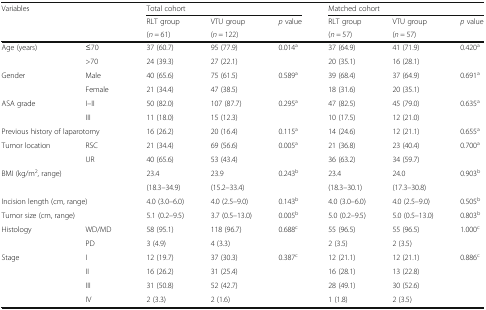
<table><thead><tr><td rowspan="3" colspan="2"><b>Variables</b></td><td colspan="3"><b>Total cohort</b></td><td colspan="3"><b>Matched cohort</b></td></tr><tr><td><b>RLT group</b></td><td><b>VTU group</b></td><td rowspan="2"><b><i>p</i> value</b></td><td><b>RLT group</b></td><td><b>VTU group</b></td><td rowspan="2"><b><i>p</i> value</b></td></tr><tr><td><b>(<i>n =</i> 61)</b></td><td><b>(<i>n =</i> 122)</b></td><td><b>(<i>n =</i> 57)</b></td><td><b>(<i>n =</i> 57)</b></td></tr></thead><tbody><tr><td rowspan="2">Age (years)</td><td>≤70</td><td>37 (60.7)</td><td>95 (77.9)</td><td>0.014<sup>a</sup></td><td>37 (64.9)</td><td>41 (71.9)</td><td>0.420<sup>a</sup></td></tr><tr><td>&gt;70</td><td>24 (39.3)</td><td>27 (22.1)</td><td></td><td>20 (35.1)</td><td>16 (28.1)</td><td></td></tr><tr><td rowspan="2">Gender</td><td>Male</td><td>40 (65.6)</td><td>75 (61.5)</td><td>0.589<sup>a</sup></td><td>39 (68.4)</td><td>37 (64.9)</td><td>0.691<sup>a</sup></td></tr><tr><td>Female</td><td>21 (34.4)</td><td>47 (38.5)</td><td></td><td>18 (31.6)</td><td>20 (35.1)</td><td></td></tr><tr><td rowspan="2">ASA grade</td><td>I–II</td><td>50 (82.0)</td><td>107 (87.7)</td><td>0.295<sup>a</sup></td><td>47 (82.5)</td><td>45 (79.0)</td><td>0.635<sup>a</sup></td></tr><tr><td>III</td><td>11 (18.0)</td><td>15 (12.3)</td><td></td><td>10 (17.5)</td><td>12 (21.0)</td><td></td></tr><tr><td colspan="2">Previous history of laparotomy</td><td>16 (26.2)</td><td>20 (16.4)</td><td>0.115<sup>a</sup></td><td>14 (24.6)</td><td>12 (21.1)</td><td>0.655<sup>a</sup></td></tr><tr><td rowspan="2">Tumor location</td><td>RSC</td><td>21 (34.4)</td><td>69 (56.6)</td><td>0.005<sup>a</sup></td><td>21 (36.8)</td><td>23 (40.4)</td><td>0.700<sup>a</sup></td></tr><tr><td>UR</td><td>40 (65.6)</td><td>53 (43.4)</td><td></td><td>36 (63.2)</td><td>34 (59.7)</td><td></td></tr><tr><td colspan="2">BMI (kg/m<sup>2</sup>, range)</td><td>23.4</td><td>23.9</td><td>0.243<sup>b</sup></td><td>23.4</td><td>24.0</td><td>0.903<sup>b</sup></td></tr><tr><td colspan="2"></td><td>(18.3–34.9)</td><td>(15.2–33.4)</td><td></td><td>(18.3–30.1)</td><td>(17.3–30.8)</td><td></td></tr><tr><td colspan="2">Incision length (cm, range)</td><td>4.0 (3.0–6.0)</td><td>4.0 (2.5–9.0)</td><td>0.143<sup>b</sup></td><td>4.0 (3.0–6.0)</td><td>4.0 (2.5–9.0)</td><td>0.505<sup>b</sup></td></tr><tr><td colspan="2">Tumor size (cm, range)</td><td>5.1 (0.2–9.5)</td><td>3.7 (0.5–13.0)</td><td>0.005<sup>b</sup></td><td>5.0 (0.2–9.5)</td><td>5.0 (0.5–13.0)</td><td>0.803<sup>b</sup></td></tr><tr><td rowspan="2">Histology</td><td>WD/MD</td><td>58 (95.1)</td><td>118 (96.7)</td><td>0.688<sup>c</sup></td><td>55 (96.5)</td><td>55 (96.5)</td><td>1.000<sup>c</sup></td></tr><tr><td>PD</td><td>3 (4.9)</td><td>4 (3.3)</td><td></td><td>2 (3.5)</td><td>2 (3.5)</td><td></td></tr><tr><td rowspan="4">Stage</td><td>I</td><td>12 (19.7)</td><td>37 (30.3)</td><td>0.387<sup>c</sup></td><td>12 (21.1)</td><td>12 (21.1)</td><td>0.886<sup>c</sup></td></tr><tr><td>II</td><td>16 (26.2)</td><td>31 (25.4)</td><td></td><td>16 (28.1)</td><td>13 (22.8)</td><td></td></tr><tr><td>III</td><td>31 (50.8)</td><td>52 (42.7)</td><td></td><td>28 (49.1)</td><td>30 (52.6)</td><td></td></tr><tr><td>IV</td><td>2 (3.3)</td><td>2 (1.6)</td><td></td><td>1 (1.8)</td><td>2 (3.5)</td><td></td></tr></tbody></table>